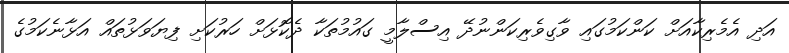
އަދި އެމެރިކާއަށް ކަންކަމުގައި ވާގިވެރިކަންނުދޭ އިސްލާމީ ގައުމުތަކާ ދެކޮޅަށް ހަރުކަށި ފިޔަވަޅުތައް އަޅާނެކަމުގެ